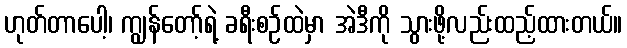
ဟုတ်တာပေါ့၊ ကျွန်တော့်ရဲ့ ခရီးစဉ်ထဲမှာ အဲဒီကို သွားဖို့လည်းထည့်ထားတယ်။